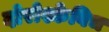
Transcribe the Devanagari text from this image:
दोरोश्केविच